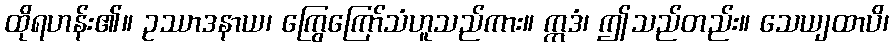
ထိုရဟန်း၏။ ဥဿာဒနာယ၊ ကြွေကြော်သံဟူသည်ကား။ ဣဒံ၊ ဤသည်တည်း။ သေယျထာပိ၊